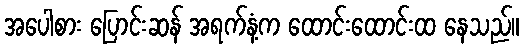
အပေါစား ပြောင်းဆန် အရက်နံ့က ထောင်းထောင်းထ နေသည်။